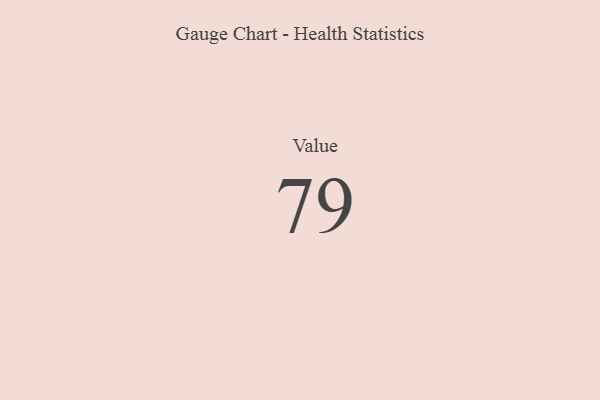
{"axis": {"x": "Metric", "y": "Value"}, "legend": [""], "data": [{"x": "Value", "y": 79, "type": ""}]}